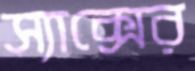
স্যাক্সের